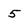
Character: 5